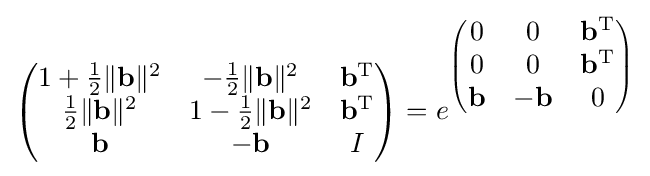
{\begin{pmatrix}1+{\tfrac {1}{2}}\|\mathbf {b} \|^{2}&-{\tfrac {1}{2}}\|\mathbf {b} \|^{2}&\mathbf {b} ^{\operatorname {T} }\\{\tfrac {1}{2}}\|\mathbf {b} \|^{2}&1-{\tfrac {1}{2}}\|\mathbf {b} \|^{2}&\mathbf {b} ^{\operatorname {T} }\\\mathbf {b} &-\mathbf {b} &I\end{pmatrix}}=e^{\begin{pmatrix}0&0&\mathbf {b} ^{\operatorname {T} }\\0&0&\mathbf {b} ^{\operatorname {T} }\\\mathbf {b} &-\mathbf {b} &0\end{pmatrix}}